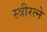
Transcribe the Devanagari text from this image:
स्त्रीरत्ने